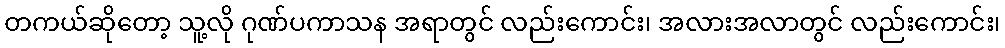
တကယ်ဆိုတော့ သူ့လို ဂုဏ်ပကာသန အရာတွင် လည်းကောင်း၊ အလားအလာတွင် လည်းကောင်း၊